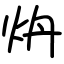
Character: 炿